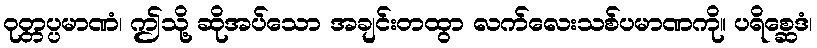
ဝုတ္တပ္ပမာဏံ၊ ဤသို့ ဆိုအပ်သော အချင်းတထွာ လက်လေးသစ်ပမာဏကို။ ပရိစ္ဆေဒံ၊